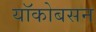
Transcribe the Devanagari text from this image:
यॉकोबसन